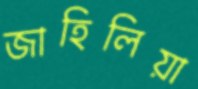
জাহিলিয়া